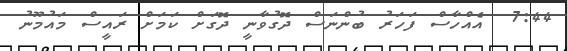
7:44  އެއްހާސް ފަހަރު ބުންނަސް ދޮގުވާނީ ދޮގަށް ކަމަށް ރައީސް މައުމޫނު